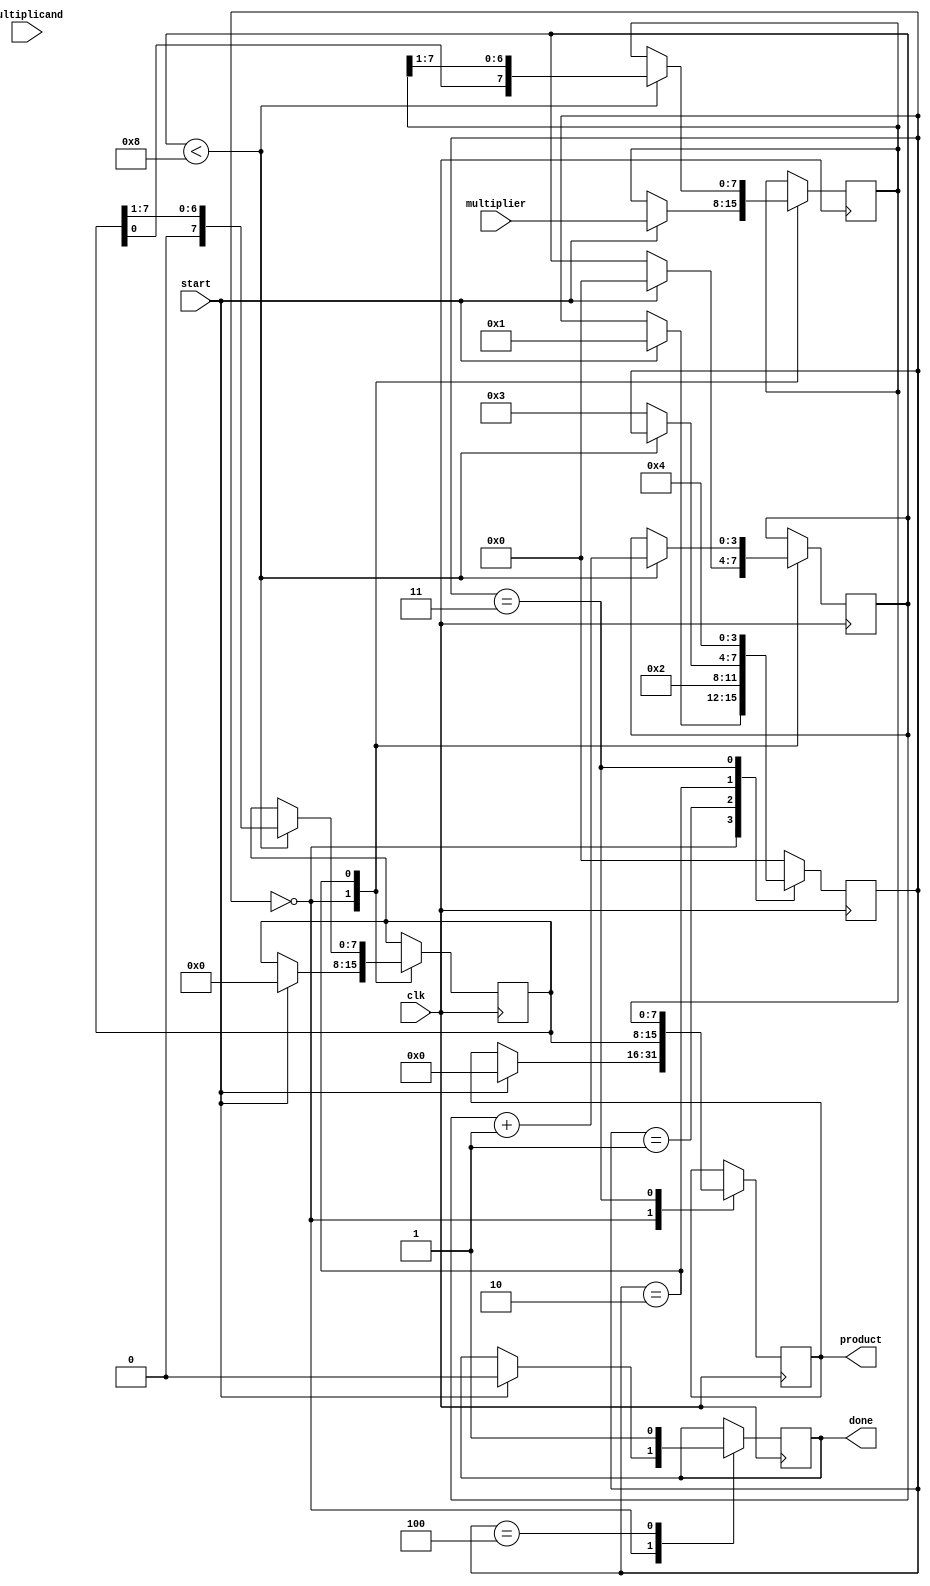
module modified_booth_multiplier #(
    parameter N = 8  // Width of the input operands
)(
    input signed [N-1:0] multiplicand, // signed multiplicand
    input signed [N-1:0] multiplier,    // signed multiplier
    input clk,                           // clock signal
    input start,                         // start signal
    output reg signed [(2*N)-1:0] product, // final product
    output reg done                      // done signal
);

    reg signed [N-1:0] A; // A register (initially zero)
    reg signed [N-1:0] Q; // Multiplier register
    reg signed [N:0] Q_1; // Extended Q for encoding
    reg [3:0] state;      // State variable
    reg [3:0] count;      // Loop counter for iterations

    // States for FSM
    localparam IDLE    = 4'b0000,
               INIT    = 4'b0001,
               BOOTH    = 4'b0010,
               ACCUMULATE = 4'b0011,
               DONE      = 4'b0100;

    // State machine to control operation
    always @(posedge clk) begin
        case (state)
            IDLE: begin
                if (start) begin
                    // Initialize registers
                    A <= 0;
                    Q <= multiplier;
                    Q_1 <= 0; // Initialize Q_1 to zero
                    count <= 0;
                    product <= 0;
                    state <= INIT;
                    done <= 0;
                end
            end
            
            INIT: begin
                // Initialize for Booth's algorithm
                state <= BOOTH;
            end
            
            BOOTH: begin
                if (count < N) begin
                    case ({Q[0], Q_1[0]}) // Examine last bit and Q_1
                        2'b00: begin
                            // No operation
                        end
                        2'b01: begin
                            // Add multiplicand to A
                            A <= A + multiplicand;
                        end
                        2'b10: begin
                            // Subtract multiplicand from A
                            A <= A - multiplicand;
                        end
                        2'b11: begin
                            // No operation
                        end
                    endcase

                    // Arithmetic right shift
                    {A, Q, Q_1} <= {A, Q, Q_1} >> 1; // Shift A, Q and Q_1
                    count <= count + 1; // Increment count
                end else begin
                    state <= ACCUMULATE; // Move to accumulation when done
                end
            end
            
            ACCUMULATE: begin
                // Final result
                product <= {A, Q}; // Combine A and Q into product
                state <= DONE; // Move to done state
            end
            
            DONE: begin
                done <= 1; // Set done signal high
                state <= IDLE; // Go back to idle
            end

            default: state <= IDLE; // Default state
        endcase
    end

endmodule